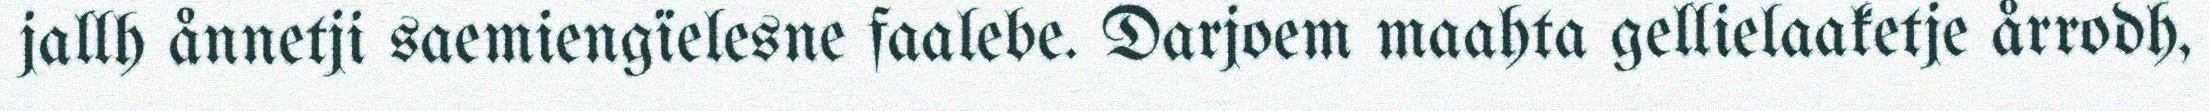
jallh ånnetji saemiengïelesne faalebe. Darjoem maahta gellielaaketje årrodh,